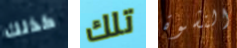
كذلك تلك النشوة